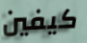
كيفين